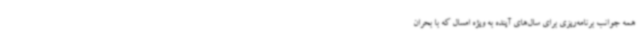
همه جوانب برنامه‌ریزی برای سال‌های آینده به ویژه امسال که با بحران